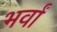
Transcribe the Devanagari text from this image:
भर्वां